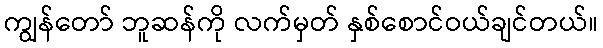
ကျွန်တော် ဘူဆန်ကို လက်မှတ် နှစ်စောင်ဝယ်ချင်တယ်။